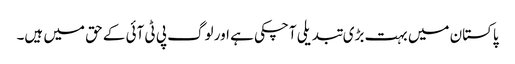
پاکستان میں بہت بڑی تبدیلی آچکی ہے اور لوگ پی ٹی آئی کے حق میں ہیں۔